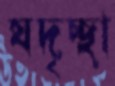
যদৃচ্ছা